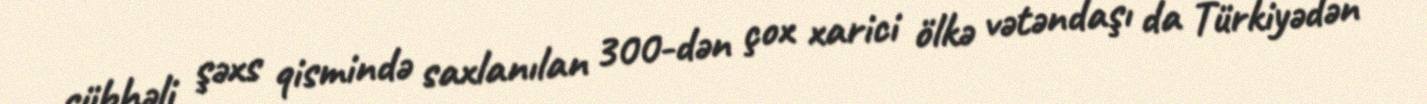
şübhəli şəxs qismində saxlanılan 300-dən çox xarici ölkə vətəndaşı da Türkiyədən